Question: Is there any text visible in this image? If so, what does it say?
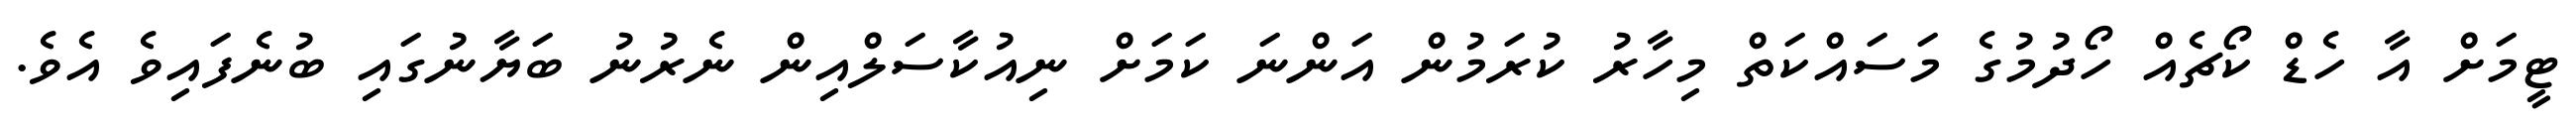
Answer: ޓީމަށް އާ ހެޑް ކޯޗެއް ހޯދުމުގެ މަސައްކަތް މިހާރު ކުރަމުން އަންނަ ކަމަށް ނިއުކާސަލްއިން ނެރުނު ބަޔާނުގައި ބުނެފައިވެ އެވެ.